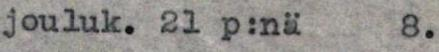
jouluk. 21 p:nä 8.